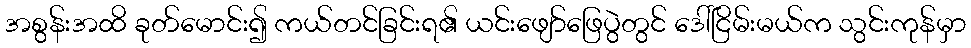
အစွန်းအထိ ခုတ်မောင်း၍ ကယ်တင်ခြင်းရ၏ ယင်းဖျော်ဖြေပွဲတွင် ဒေါ်ငြိမ်းမယ်က သွင်းကုန်မှာ